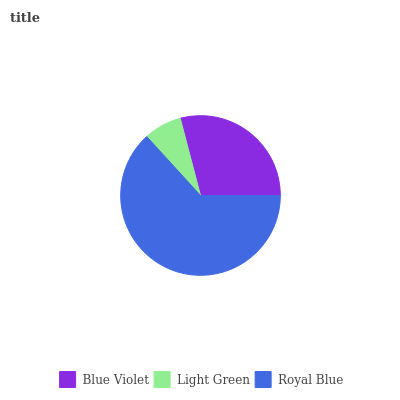
| Blue Violet | Light Green | Royal Blue |
 | --- | --- | --- |
 | 29.1% | 7.69% | 63.2% |